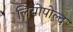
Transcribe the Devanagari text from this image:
लियोपोल्द